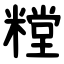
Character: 糛